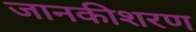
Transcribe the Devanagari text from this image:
जानकीशरण